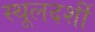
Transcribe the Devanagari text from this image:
स्थूलदर्शी